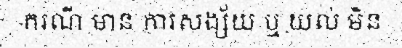
ករណី មាន ការសង្ស័យ ឬ យល់ មិន